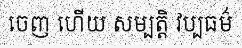
ចេញ ហើយ សម្បត្តិ វប្បធម៌